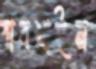
বারখাইন